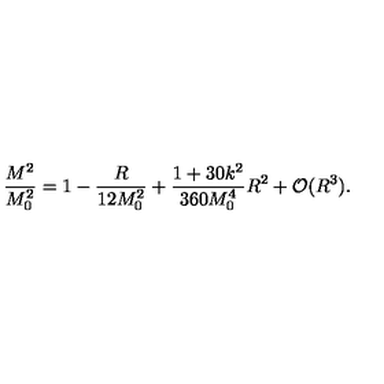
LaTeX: \frac { M ^ { 2 } } { M _ { 0 } ^ { 2 } } = 1 - \frac { R } { 1 2 M _ { 0 } ^ { 2 } } + \frac { 1 + 3 0 k ^ { 2 } } { 3 6 0 M _ { 0 } ^ { 4 } } R ^ { 2 } + { \cal O } ( R ^ { 3 } ) .